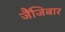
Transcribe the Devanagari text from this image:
जैंजिबार